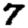
Digit: 7